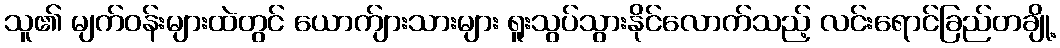
သူ၏ မျက်ဝန်းများထဲတွင် ယောက်ျားသားများ ရူးသွပ်သွားနိုင်လောက်သည့် လင်းရောင်ခြည်တချို့